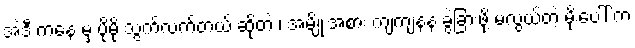
အဲဒီ ကနေ မှ ပိုမို သွက်လက်တယ် ဆိုတဲ့ ၊ အမျိုးအစား ကျကျနန ခွဲခြားဖို့ မလွယ်တဲ့ မိုးပေါ် က